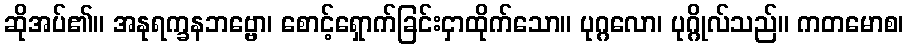
ဆိုအပ်၏။ အနုရက္ခနဘဗ္ဗော၊ စောင့်ရှောက်ခြင်းငှာထိုက်သော။ ပုဂ္ဂလော၊ ပုဂ္ဂိုလ်သည်။ ကတမောစ၊